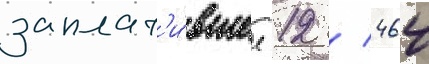
заплат'и́вшее 12 / 464